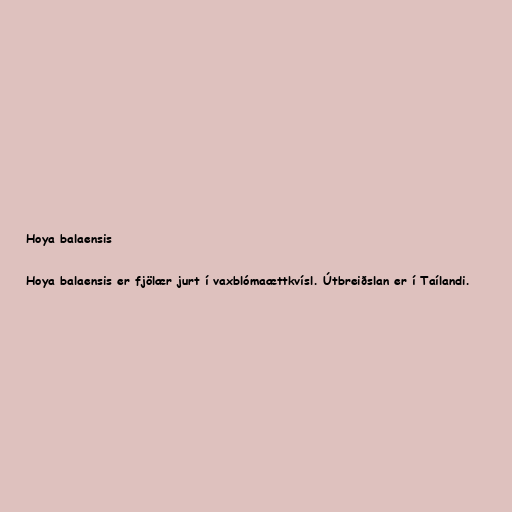
Hoya balaensis

Hoya balaensis er fjölær jurt í vaxblómaættkvísl. Útbreiðslan er í Taílandi.